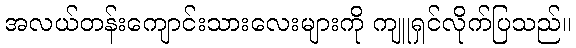
အလယ်တန်းကျောင်းသားလေးများကို ကျူရှင်လိုက်ပြသည်။